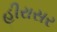
હીરાસર